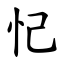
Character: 忋